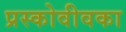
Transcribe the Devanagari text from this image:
प्रस्कोवीवका